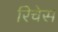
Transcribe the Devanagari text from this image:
रिचेस